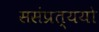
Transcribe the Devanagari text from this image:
ससंप्रत्ययो